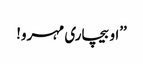
’’او بیچاری مہرو!